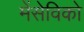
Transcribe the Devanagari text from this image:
मेंसेविको